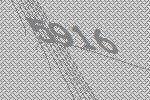
5916